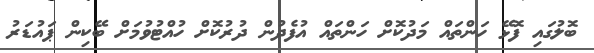
ބޮލުގައި ފޮޅޭ ހަންތައް މަދުކޮށް ހަންތައް އުފެދުން ދުރުކޮށް ހުއްޓުވުމަށް ބޭކިން ޕައުޑަރު